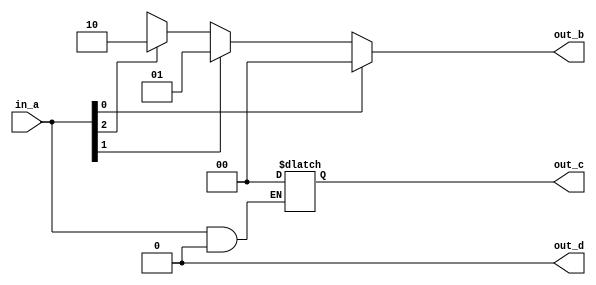
module CND_IR_CCAS (in_a, out_b, out_c, out_d);
   input [2:0] in_a;
   output reg [1:0] out_b, out_c;
   output out_d;
   parameter param_a = 2;
   parameter param_b = 3;
   assign out_d = param_b ? 0 : 1;
   always @( in_a )
   begin
      case( 1'b1 )
         in_a[0] : out_b = 2'b00;
         in_a[1] : out_b = 2'b01;
         in_a[2] : out_b = 2'b10;
         default : out_b = 2'bxx;
      endcase
      if(in_a && (param_a == 0))
      out_c = 2'b00;
   end
endmodule